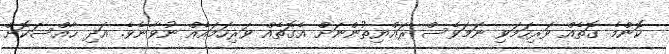
ކޮންމެ ގޮތެއް ވަރިހަމަވި ނަމަވެސް ރައްޔިތުންނަށް އެގޮތެއް ވަރިހަމައެއް ނުވާނެވެ. އަދި ހާއްސަކޮށް